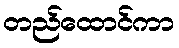
တည်ထောင်ကာ